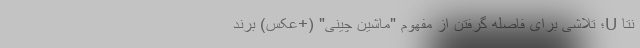
نِتا U؛ تلاشی برای فاصله گرفتن از مفهوم "ماشین چینی" (+عکس) برند